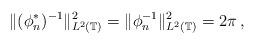
LaTeX: \begin{align*} \|(\phi_n^*)^{-1}\|_{L^2(\mathbb{T})}^2= \|\phi_n^{-1}\|_{L^2(\mathbb{T})}^2=2\pi\,, \end{align*}